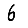
Digit: 6